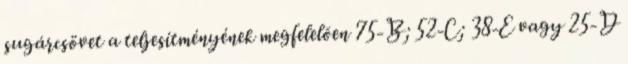
sugárcsövet a teljesítményének megfelelõen 75-B; 52-C; 38-E vagy 25-D